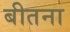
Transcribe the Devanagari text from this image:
बीतना